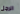
الرجل